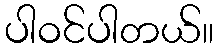
ပါဝင်ပါတယ်။